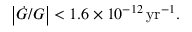
\left\vert \dot { G } / G \right\vert < 1 . 6 \times 1 0 ^ { - 1 2 } \, \mathrm { y r } ^ { - 1 } .